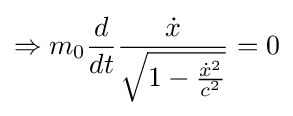
\Rightarrow m_{0}{\frac {d}{dt}}{\frac {\dot {x}}{\sqrt {1-{\frac {{\dot {x}}^{2}}{c^{2}}}}}}=0